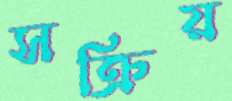
সক্রিয়